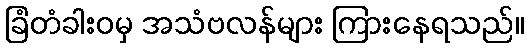
ခြံတံခါးဝမှ အသံဗလန်များ ကြားနေရသည်။